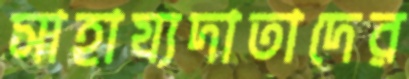
সাহায্যদাতাদের